system: You are a helpful assistant.
user:
Analyze the provided spectrum to determine if it is a **M-type Giant (gM)**.

A M-type Giant spectrum is defined by its **strong molecular absorption** features, particularly from **Titanium Oxide (TiO)**. You must check for one of the following mutually exclusive signatures:

- **Key Visual Indicators (Absorption-Dominated Spectrum):**

    - **(Primary):** The spectrum is dominated by strong molecular absorption from **Titanium Oxide (TiO)**. This is the **defining feature** of its M-type temperature class.
        - **(Key Bandheads):** Look for sharp, "saw-tooth" absorption valleys. The strongest are located near **~7050 Å**, **~6160 Å**, and **~5170 Å**.
        - **(Line Profile):** The "saw-tooth" morphology is critical: a **sharp, steep drop on the BLUE (short-wavelength) side** of the bandhead, followed by a gradual recovery (rising flux) towards the RED (long-wavelength) side.

    - **(Key Confirmation - Giant vs. Dwarf):** **ABSENCE** of strong **Calcium Hydride (CaH)** molecular bands. This is the primary diagnostic for *excluding* M-dwarfs.
        - **(Key Region):** The spectrum should lack the strong, broad absorption band seen in dwarfs between **~6800 Å and ~7000 Å**.

    - **(Secondary Confirmation - Giant):** A very strong and broad **Neutral Calcium (Ca I)** atomic absorption line.
        - **(Key Line):** Located at **~4226 Å**. In a giant (gM), this line is significantly deeper and broader than the same line in an M-dwarf (dM) due to low surface gravity.

    - **(Overall Spectrum):**
        - The continuum is **extremely red-sloping** (i.e., flux is very low in the blue and rises dramatically towards the red).
        - The entire spectrum appears "chopped up" by the deep TiO bands.

Think first, call **spectral_visualization_tool** if needed to examine features in detail, then provide your final answer. Your response must adhere to the following strict rules:
1.  **Overall Structure:** Your response must follow the format `<think>...</think> <tool_call>...</tool_call> (if a tool is used) <answer>...</answer>`.
2.  **Tool Usage Constraint:** You may only make **one** tool call per turn.
3.  **Final Answer Format:** In the `<answer>` tag, your conclusion must be inside a `\boxed{}` command (e.g., `\boxed{YES}` or `\boxed{NO}`), followed by your justification.

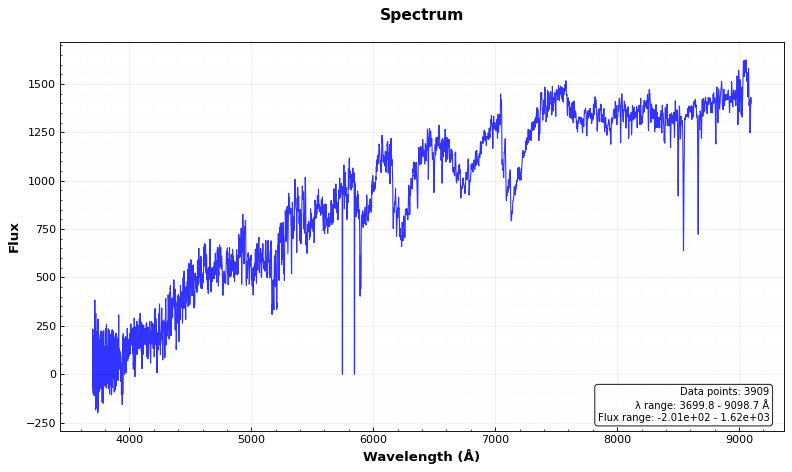
Answer: YES